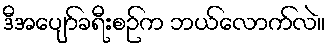
ဒီအပျော်ခရီးစဉ်က ဘယ်လောက်လဲ။